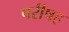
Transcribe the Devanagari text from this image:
परीषह